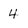
Character: 4